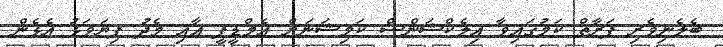
ބެލެނިވެރި ފަރާތް ކަމުގައިވާ އިލެކްޝަންސް ކަމިޝަނަށް އެމްޑީޕީ އާއި މެދު ފިޔަވަޅު އެޅެން